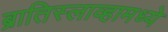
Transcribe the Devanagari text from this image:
ब्रातिस्लाव्हामध्ये